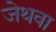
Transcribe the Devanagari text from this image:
जेथवा